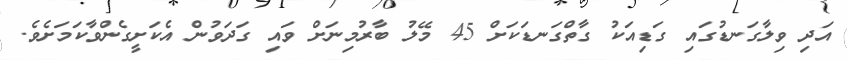
އަދި ވިލާގަނޑުގައި ގަޑިއަކު ގާތްގަނޑަކަށް 45 މޭލު ބާރުމިނަށް ވައި ގަދަވުން އެކަށީގެންވާކަމަށެވެ.